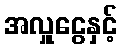
အလှူငွေနှင့်